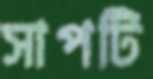
সাপটি